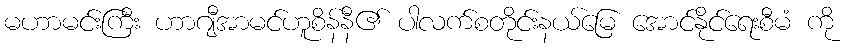
မဟာမင်းကြီး ဟာဂျီအာမင်ဟူစိန်နီ၏ ပါလက်စတိုင်းနယ်မြေ အောင်နိုင်ရေးစီမံ ကို